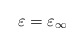
\begin{align*} \varepsilon = \varepsilon_\infty\end{align*}